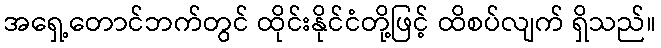
အရှေ့တောင်ဘက်တွင် ထိုင်းနိုင်ငံတို့ဖြင့် ထိစပ်လျက် ရှိသည်။